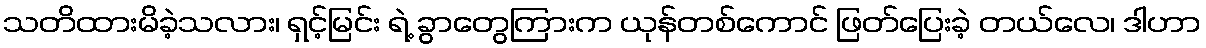
သတိထားမိခဲ့သလား၊ ရှင့်မြင်း ရဲ့ ခွာတွေကြားက ယုန်တစ်ကောင် ဖြတ်ပြေးခဲ့ တယ်လေ၊ ဒါဟာ